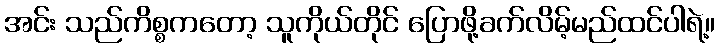
အင်း သည်ကိစ္စကတော့ သူကိုယ်တိုင် ပြောဖို့ခက်လိမ့်မည်ထင်ပါရဲ့။